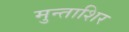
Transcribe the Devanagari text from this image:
मुन्ताशिर